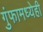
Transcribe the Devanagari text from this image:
गुंफामध्येही